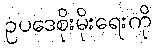
ဥပဒေစိုးမိုးရေးကို